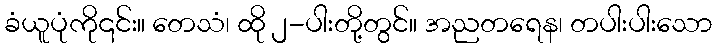
ခံယူပုံကို၎င်း။ တေသံ၊ ထို ၂-ပါးတို့တွင်။ အညတရေန၊ တပါးပါးသော